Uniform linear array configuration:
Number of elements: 12
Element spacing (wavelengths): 0.25
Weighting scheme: exponential
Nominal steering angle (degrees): -30
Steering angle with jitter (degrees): -29.593
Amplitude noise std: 0.05
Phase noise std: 0.05

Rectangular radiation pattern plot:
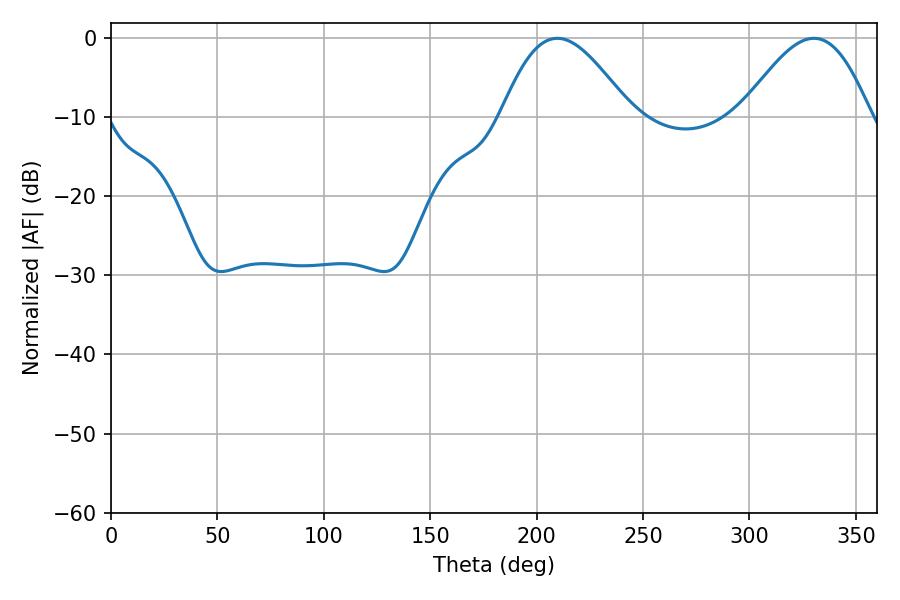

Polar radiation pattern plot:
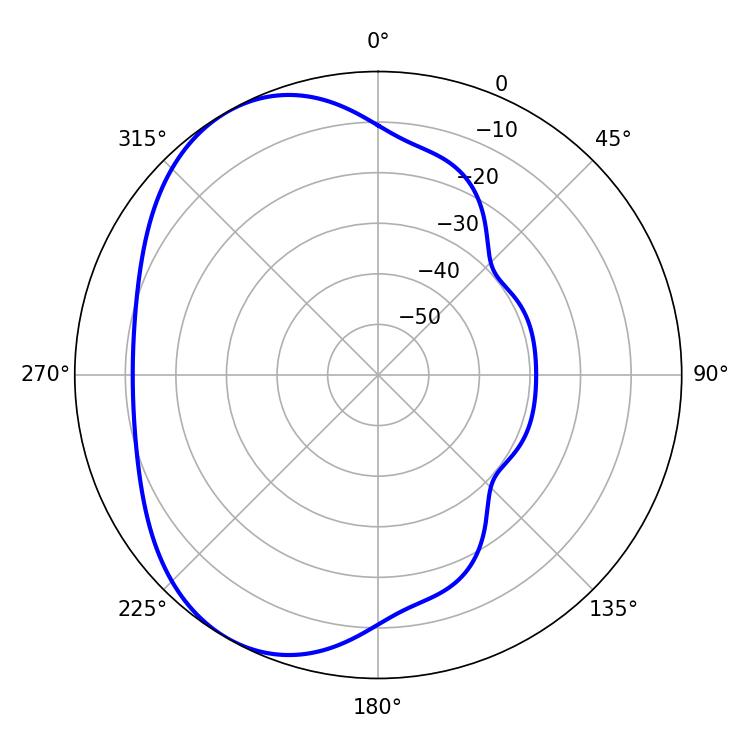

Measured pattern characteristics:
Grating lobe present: FALSE
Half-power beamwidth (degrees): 32.58
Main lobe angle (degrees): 209.7